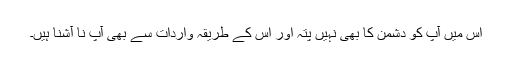
اس میں آپ کو دشمن کا بھی نہیں پتہ اور اس کے طریقہ واردات سے بھی آپ نا آشنا ہیں۔